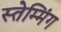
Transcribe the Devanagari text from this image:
स्तेम्मिंग